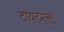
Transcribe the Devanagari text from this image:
टायटनला